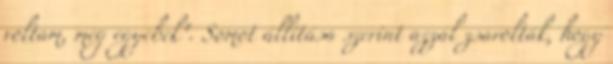
voltam, meg egyebek". Somot állítása szerint azzal zsarolták, hogy